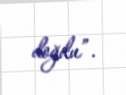
doğdu”.